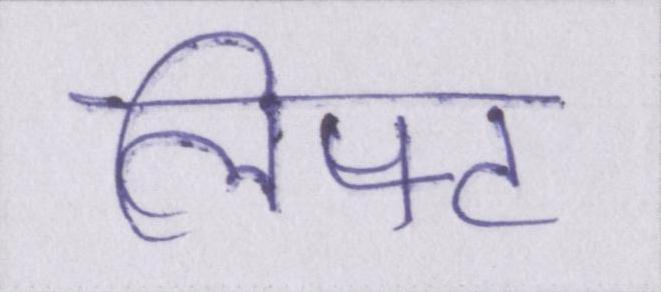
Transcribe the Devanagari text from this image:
लिफ्ट